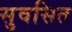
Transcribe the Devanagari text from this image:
सुवसित